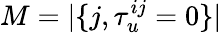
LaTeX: M=|\{ j,\tau_{u}^{ij}=0\} |